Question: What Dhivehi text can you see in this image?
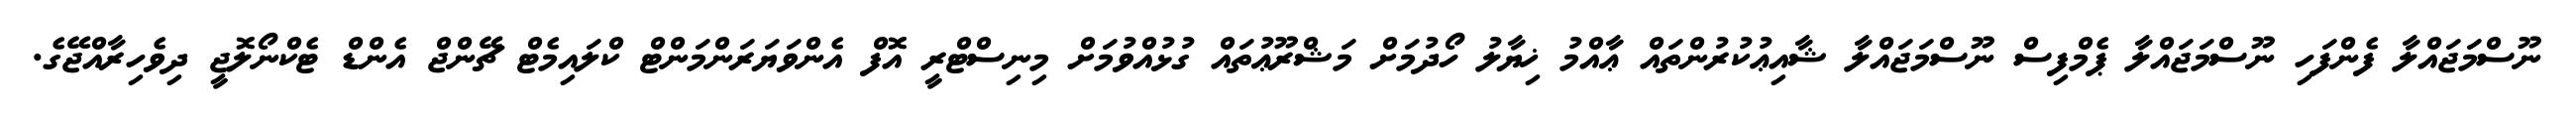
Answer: ނޫސްމަޖައްލާ ފެންފަހި ނޫސްމަޖައްލާ ޕެމްފިސް ނޫސްމަޖައްލާ ޝާއިޢުކުރުންތައް ޢާއްމު ޚިޔާލު ހޯދުމަށް މަޝްރޫޢުތައް ގުޅުއްވުމަށް މިނިސްޓްރީ އޮފް އެންވަޔަރަންމަންޓް ކްލައިމެޓް ޗޭންޖް އެންޑް ޓެކްނޯލޮޖީ ދިވެހިރާއްޖޭގެ.